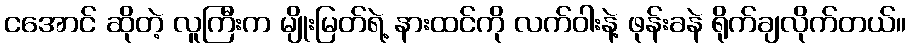
ငအောင် ဆိုတဲ့ လူကြီးက မျိုးမြတ်ရဲ့ နားထင်ကို လက်ဝါးနဲ့ ဖုန်းခနဲ ရိုက်ချလိုက်တယ်။